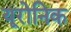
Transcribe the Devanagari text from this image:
यूरोनिक